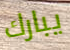
يبارك